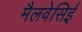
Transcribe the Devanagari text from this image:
मैलवेसिई